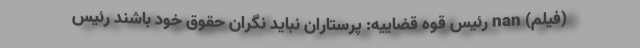
(فیلم) nan رئیس قوه قضاییه: پرستاران نباید نگران حقوق خود باشند رئیس